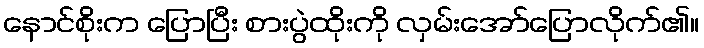
နောင်စိုးက ပြောပြီး စားပွဲထိုးကို လှမ်းအော်ပြောလိုက်၏။